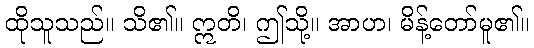
ထိုသူသည်။ သိ၏။ ဣတိ၊ ဤသို့။ အာဟ၊ မိန့်တော်မူ၏။